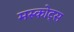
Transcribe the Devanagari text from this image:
मस्कोट्स